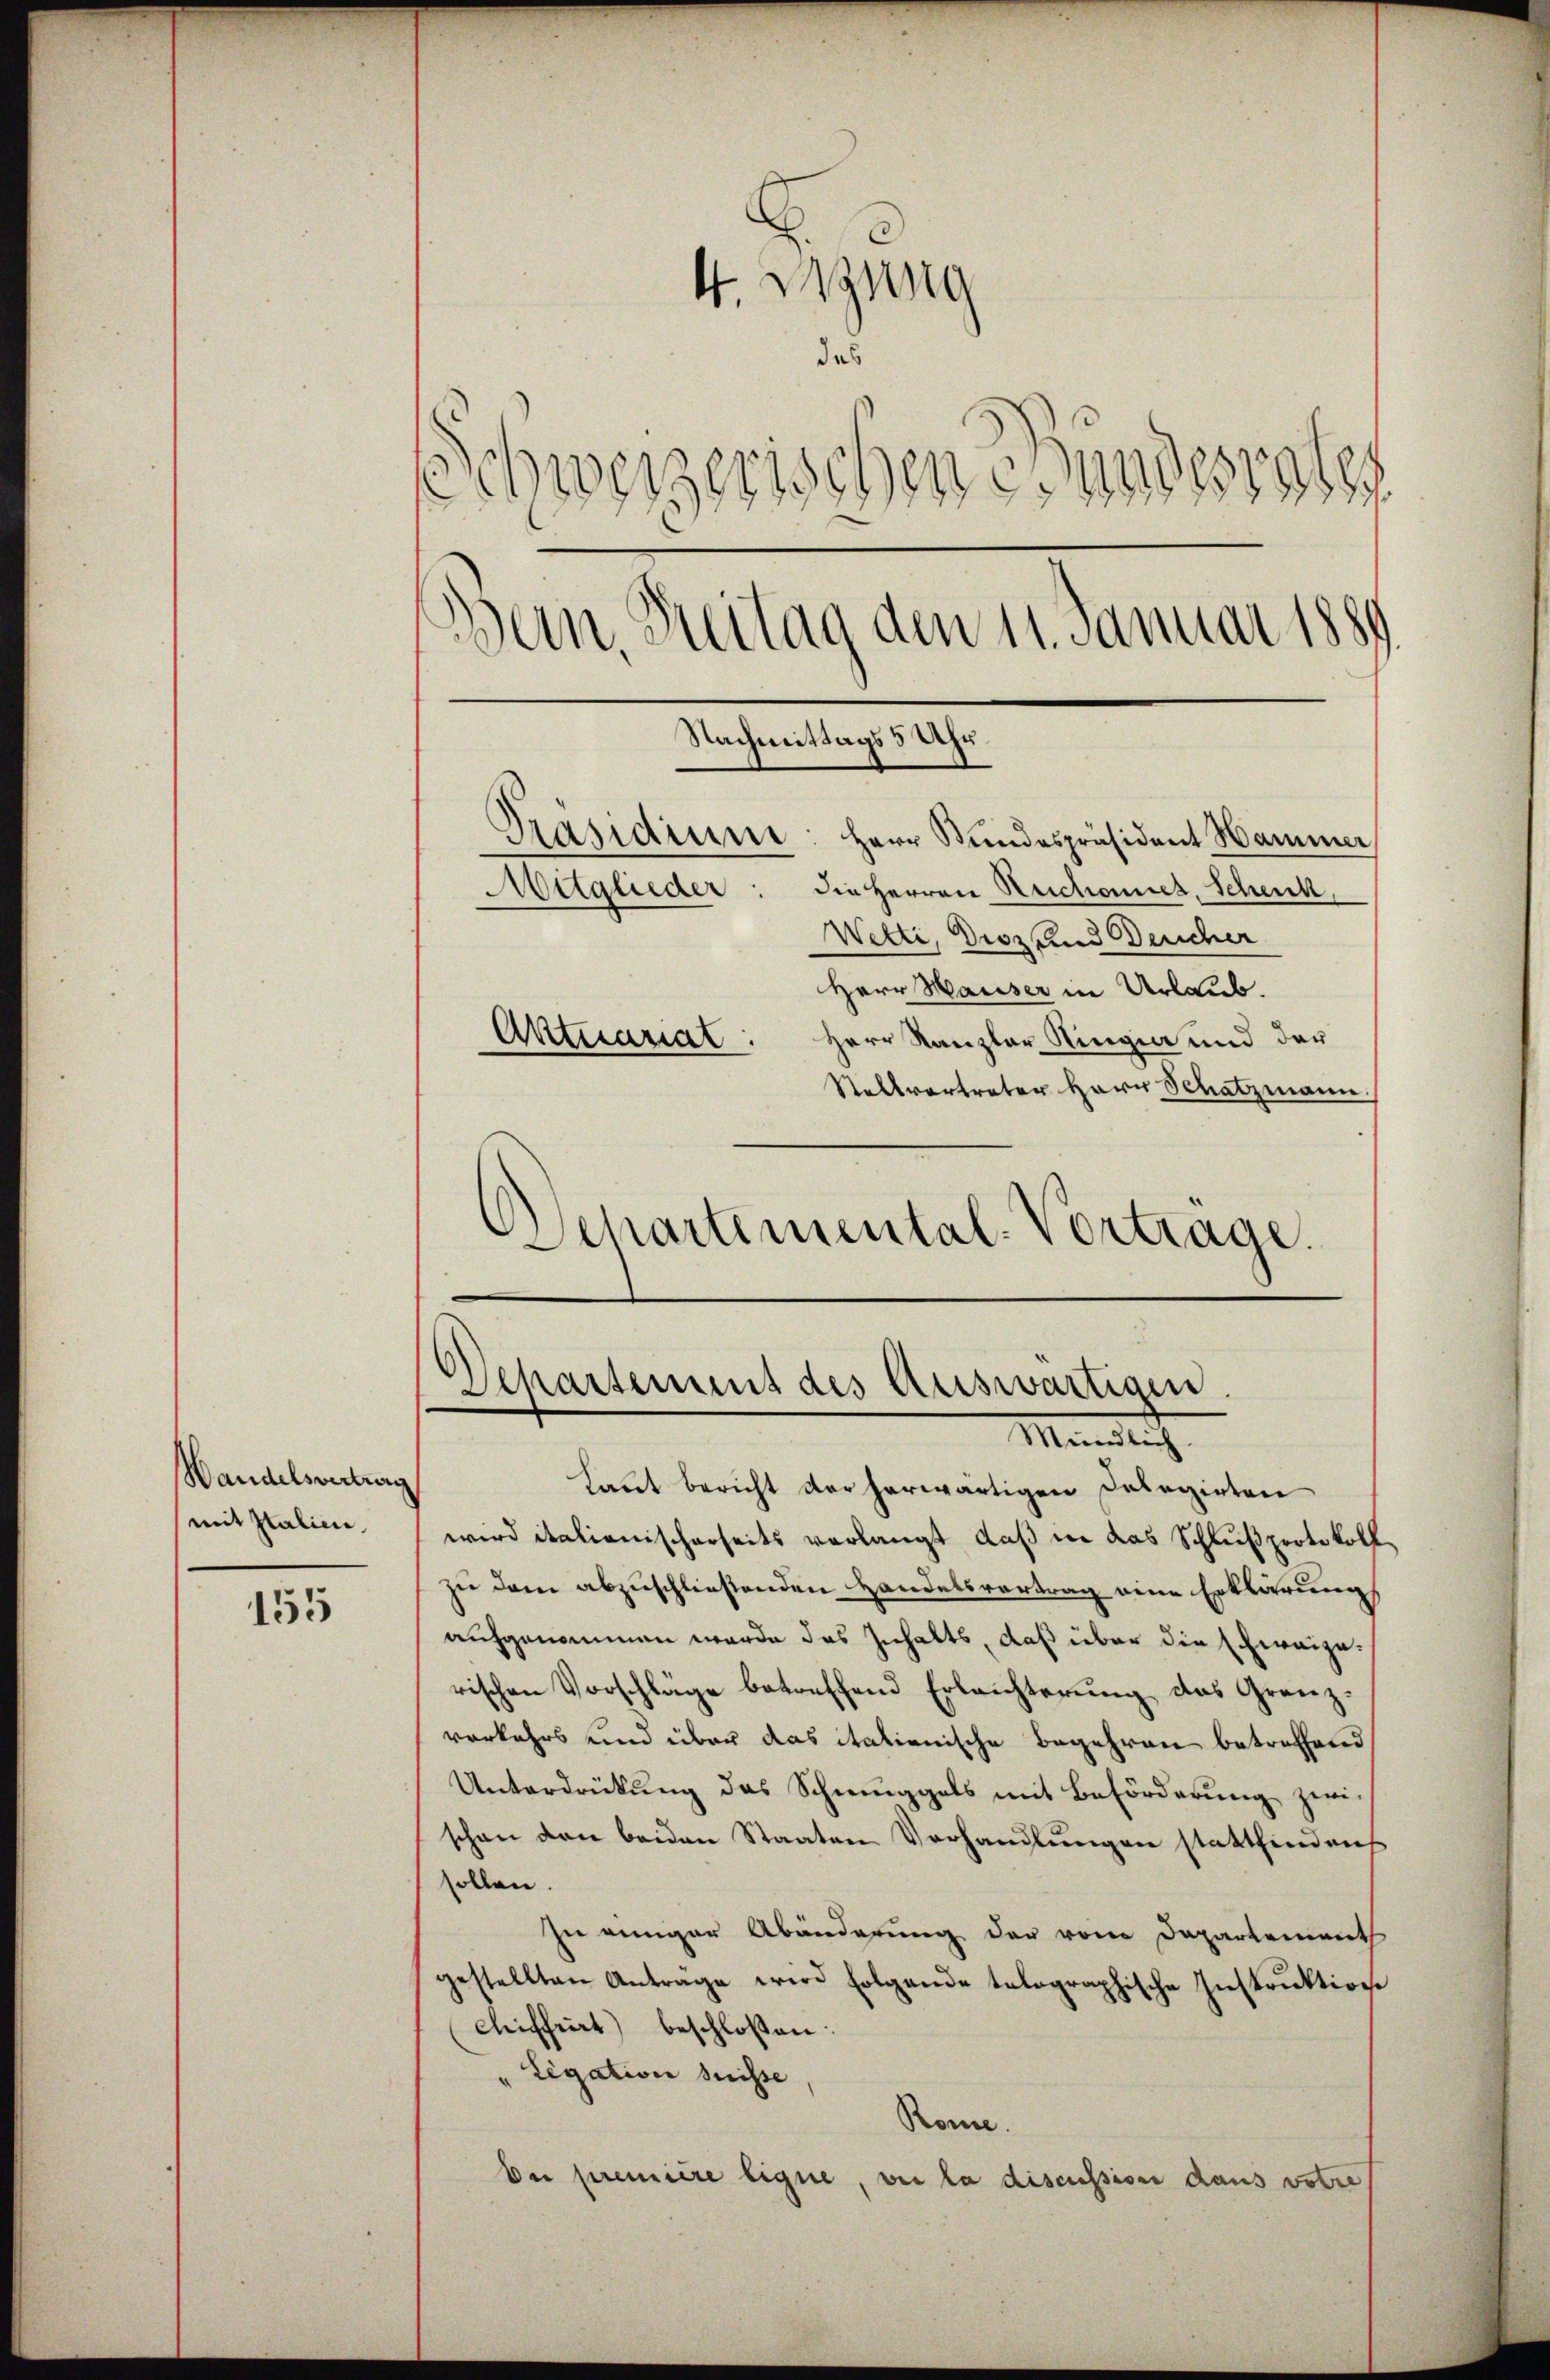
Wandelsvertrag
mit Italien.

155

4. Regung
das
Schweizerischen Bundesraths
Bern, Reitag den 11. Januar 1889

Nachmittags 3 Uhr
1

Präsidium: Herr Stundespräsident Hammer
Sitglieder: die Herren Reichenies, Schenk,
Wetti, Disz und Deucher
Herr Hauser in Urlaub.
Aktuariat: Herr Kanzler Ringia und der
Stellvertreter Herr Schatzmann
Departemental-Vortrage.

Departement des Auswärtigen.
Männlich

Laut bericht der herwärtigen Delegirten
wird italienischerseits verlangt daß in das Schlußprotokoll
zu dem abzuschließenden Handelsvortrag eine Erklärung
aufgenommen werde das Inhalts, daß über die schweizerischen Vorschläge betreffend Erleichterung das Grenzvorkehrs und über das italienische Begehren betreffend
Unterdrückung des Schmuggels mit Beförderung zwischon den beiden Staaten Verhandlungen stattfindens
sollen.
sie einiger Abänderung der von Departementh
gestellten Antrage wird folgende telographische Instruktion
cliffeit) beschloßen:
" Legation suisse
Rome.
Dei première ligne, wie la discussion dans votre